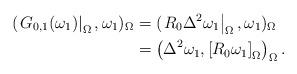
LaTeX: \begin{align*}(\left. G_{0,1}(\omega _{1})\right\vert _{\Omega },\omega _{1})_{\Omega }&=(\left. R_{0}\Delta ^{2}\omega _{1}\right\vert _{\Omega },\omega_{1})_{\Omega } \\& =\left( \Delta ^{2}\omega _{1},\left[ R_{0}\omega _{1}\right] _{\Omega}\right) _{\Omega }. \end{align*}